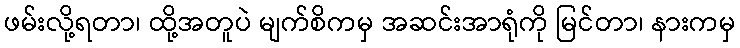
ဖမ်းလို့ရတာ၊ ထို့အတူပဲ မျက်စိကမှ အဆင်းအာရုံကို မြင်တာ၊ နားကမှ